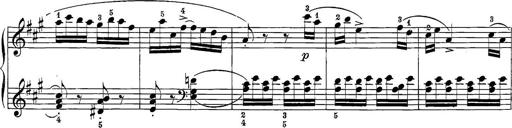
Title: 12 Sonatine per Pianoforte
Composer: Friedrich Kuhlau